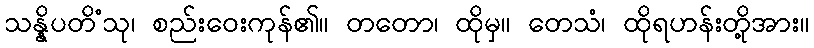
သန္နိပတိံသု၊ စည်းဝေးကုန်၏။ တတော၊ ထိုမှ။ တေသံ၊ ထိုရဟန်းတို့အား။